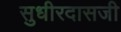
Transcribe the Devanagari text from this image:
सुधीरदासजी